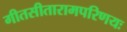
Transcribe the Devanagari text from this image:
गीतसीतारामपरिणयः